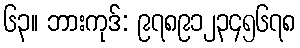
၆၃။ ဘားကုဒ်: ၉၇၈၉၁၂၃၄၅၆၇၈